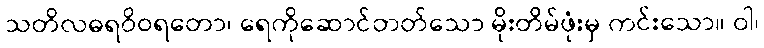
သတိလဓရဝိဝရတော၊ ရေကိုဆောင်တတ်သော မိုးတိမ်ဖုံးမှ ကင်းသော။ ဝါ၊